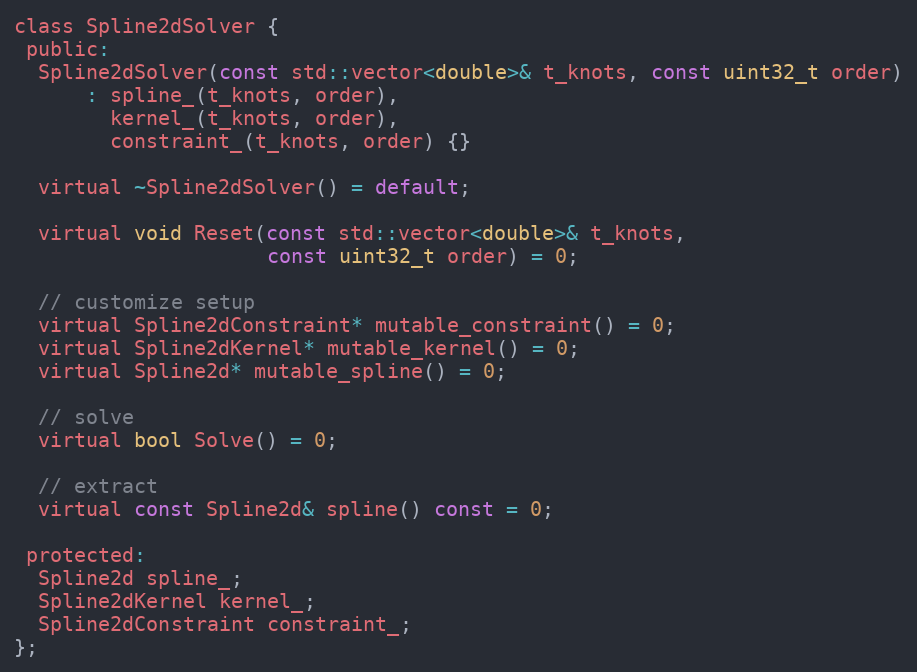
Language: C
class Spline2dSolver {
 public:
  Spline2dSolver(const std::vector<double>& t_knots, const uint32_t order)
      : spline_(t_knots, order),
        kernel_(t_knots, order),
        constraint_(t_knots, order) {}

  virtual ~Spline2dSolver() = default;

  virtual void Reset(const std::vector<double>& t_knots,
                     const uint32_t order) = 0;

  // customize setup
  virtual Spline2dConstraint* mutable_constraint() = 0;
  virtual Spline2dKernel* mutable_kernel() = 0;
  virtual Spline2d* mutable_spline() = 0;

  // solve
  virtual bool Solve() = 0;

  // extract
  virtual const Spline2d& spline() const = 0;

 protected:
  Spline2d spline_;
  Spline2dKernel kernel_;
  Spline2dConstraint constraint_;
};